Problem: 2 × 9 = ?
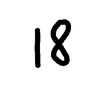
Handwritten answer: 18